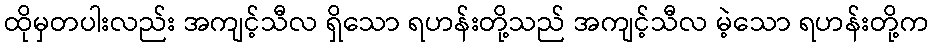
ထိုမှတပါးလည်း အကျင့်သီလ ရှိသော ရဟန်းတို့သည် အကျင့်သီလ မဲ့သော ရဟန်းတို့က